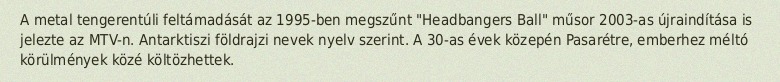
A metal tengerentúli feltámadását az 1995-ben megszűnt "Headbangers Ball" műsor 2003-as újraindítása is jelezte az MTV-n. Antarktiszi földrajzi nevek nyelv szerint. A 30-as évek közepén Pasarétre, emberhez méltó körülmények közé költözhettek.